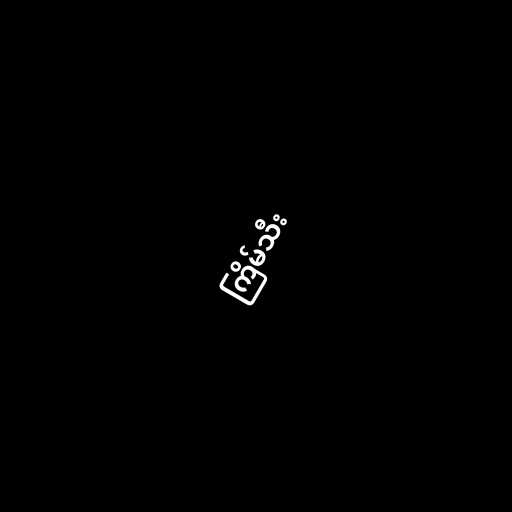
ကြိမ်သီး